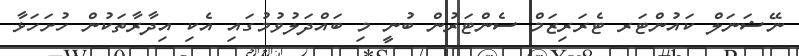
ނޭޝަނަލް ކައުންޓަރ ޓެރަރިޒަމް ސެންޓަރުން ބުނީ މި ބައްދަލުވުމުގައި އެކި އިދާރާތަކުން ހުށަހަޅާ